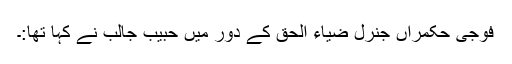
فوجی حکمراں جنرل ضیاء الحق کے دور میں حبیب جالب نے کہا تھا:۔